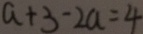
a + 3 - 2 a = 4